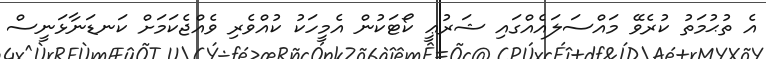
އެ ތުޙުމަތު ކުރެވޭ މައްސަލައެއްގައި ޝަރުޢީ ކޯޓަކުން އެމީހަކު ކުއްވެރި ވެއްޖެކަމަށް ކަނޑަނާޅަނީސް